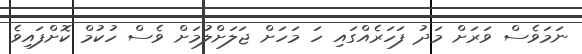
ނަމަވެސް ވަރަށް މަދު ފަހަރެއްގައި ހަ މަހަށް ޖަލަށްލުމަށް ވެސް ހުކުމް ކޮށްފައިވެ